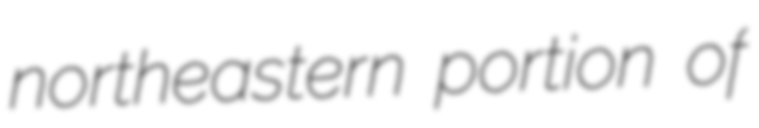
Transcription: northeastern portion of